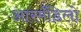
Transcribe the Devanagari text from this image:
आरर्मॅडिलो